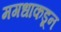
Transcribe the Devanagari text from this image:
मगधाकडून